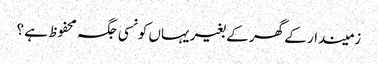
زمیندار کے گھر کے بغیر یہاں کونسی جگہ محفوظ ہے ؟